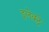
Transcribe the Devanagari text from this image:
इलेक्ट्रे